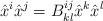
LaTeX: \begin{align*}\hat{x}^{i}\hat{x}^{j}=B^{ij}_{kl}\hat{x}^{k}\hat{x}^{l} \end{align*}